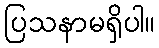
ပြသနာမရှိပါ။